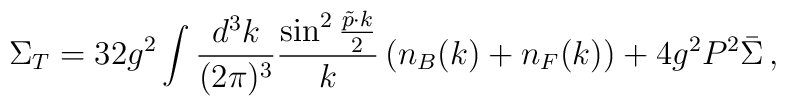
\Sigma_T = 32 g^2 \int {d^3k \over (2\pi)^3} {\sin^2 {\tilde{p}\cdot k\over  2} \over k} \left( n_B(k) + n_F(k) \right) + 4 g^2 P^2 \bar{\Sigma} \,,